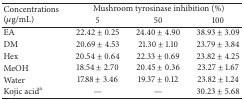
<table><thead><tr><td rowspan="2"><b>Concentrations (<i>μ</i>g/mL)</b></td><td colspan="3"><b>Mushroom tyrosinase inhibition (%)</b></td></tr><tr><td><b>5</b></td><td><b>50</b></td><td><b>100</b></td></tr></thead><tbody><tr><td>EA</td><td>22.42 ± 0.25</td><td>24.40 ± 4.90</td><td>38.93 ± 3.09</td></tr><tr><td>DM</td><td>20.69 ± 4.53</td><td>21.30 ± 1.10</td><td>23.79 ± 3.84</td></tr><tr><td>Hex</td><td>20.54 ± 0.64</td><td>22.33 ± 0.69</td><td>23.82 ± 4.25</td></tr><tr><td>MeOH</td><td>18.54 ± 2.70</td><td>20.45 ± 0.36</td><td>23.27 ± 1.67</td></tr><tr><td>Water</td><td>17.88 ± 3.46</td><td>19.37 ± 0.12</td><td>23.82 ± 1.24</td></tr><tr><td>Kojic acid<sup>a</sup></td><td>—</td><td>—</td><td>30.23 ± 5.68</td></tr></tbody></table>